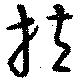
拉